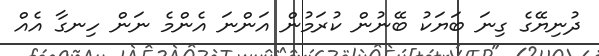
ދުނިޔޭގެ ގިނަ ބަޔަކު ބޭނުން ކުރަމުން އަންނަ އެންމެ ނަން ހިނގާ އެއް